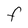
Character: F